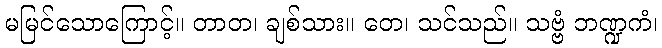
မမြင်သောကြောင့်။ တာတ၊ ချစ်သား။ တေ၊ သင်သည်။ သဗ္ဗံ ဘဏ္ဍကံ၊